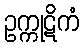
ဥက္ကုဋိကံ